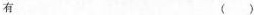
有 ()